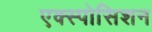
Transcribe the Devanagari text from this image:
एक्स्पोसिशन